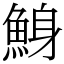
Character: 鯓